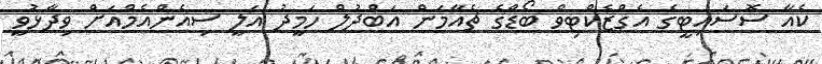
ކެއާ ސޮސައިޓީގެ އެގްޒެކްޓިވް ބޯޑްގެ ޗެއާމަން އަބްދުލް ހަމީދު އަލީ ސިއެންއެމްއަށް ވިދާޅުވީ